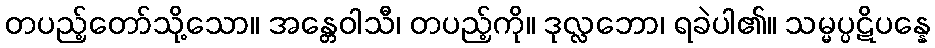
တပည့်တော်သို့သော။ အန္တေဝါသီ၊ တပည့်ကို။ ဒုလ္လဘော၊ ရခဲပါ၏။ သမ္မပ္ပဋိပန္နေ